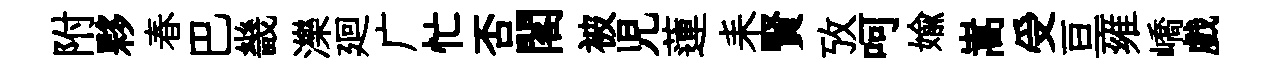
附夥春巴畿濼廻广忙否閣被児蓮耒賢攷呵媮嵩受亘雍嶠戲